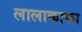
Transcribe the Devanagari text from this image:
लालाकाका